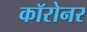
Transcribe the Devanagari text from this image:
कॉरोनर